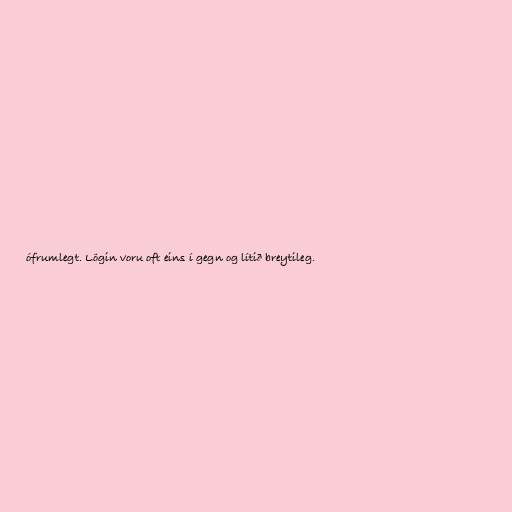
ófrumlegt. Lögin voru oft eins í gegn og lítið breytileg.